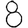
Digit: 8